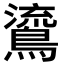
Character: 𪃂